Bulletin of the Pasteur Institute of Southern India, Coonoor - No. 3.
Year: 1910
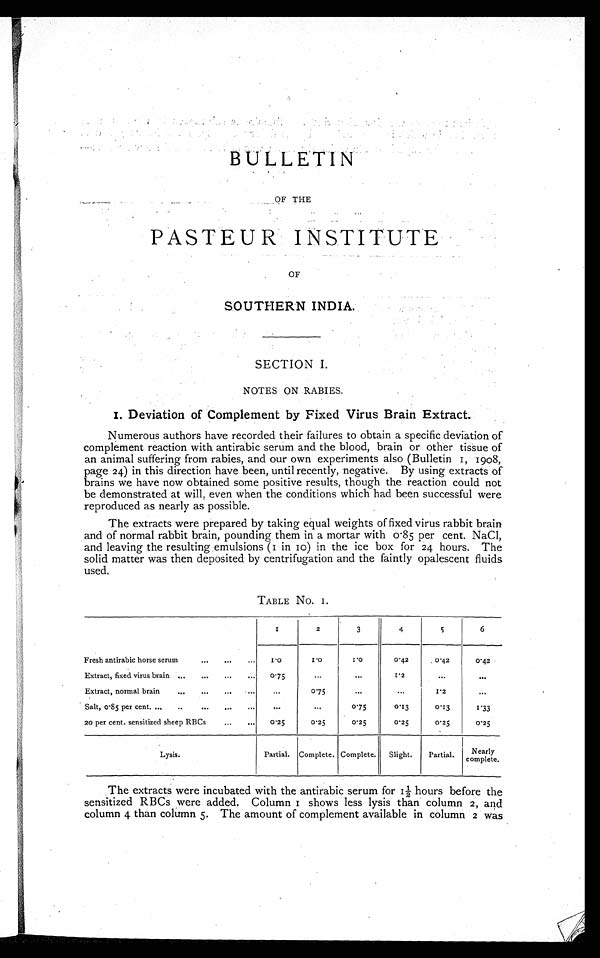
BULLETIN
OF THE
PASTEUR INSTITUTE
OF
SOUTHERN INDIA.
SECTION I.
NOTES ON RABIES.
I. Devi ati on of Compl ement by Fi xed Vi rus Brai n Extract.
Numerous authors have recorded their failures to obtain a specific deviation of
complement reaction with antirabic serum and the blood, brain or other tissue of
an animal suffering from rabies, and our own experiments also (Bulletin 1, 1908,
page 24) in this direction have been, until recently, negative. By using extracts of
brains we have now obtained some positive results, though the reaction could not
be demonstrated at will, even when the conditions which had been successful were
reproduced as nearly as possible.
The extracts were prepared by taking equal weights of fixed virus rabbit brain
and of normal rabbit brain, pounding them in a mortar with 0 . 85 per cent. NaCl,
and leaving the resulting emulsions (1 in 10) in the ice box for 24 hours. The
solid matter was then deposited by centrifugation and the faintly opalescent fluids
used.
TABLE No. 1.
1
2
3
4
5
6
1.0
1.0
1.0
0.42
0 . 4 2
0.42
Extract, fixed virus brain .
0.75
1.2
Extract, normal brain
0.75
1 . 2
S alt, 0.85 per cent.
0.75
0.13
0.13
1.33
80 per cent. sensitized sheep RBCs
0.25
0.25
0 . 2 5
0 . 2 5
0 . 8 5
0 . 2 5
Lysis.
Partial. Complete. Complete. Slight.
Partial.
Nearly
complete.
The extracts were incubated with the antirabic serum for 1 hours before the
/sensitized RBCs were added. Column 1 shows less lysis than column2 ,
a n d
col umn 4 t han col umn 5• The amount of compl ement avai l abl e i n col umn2 w a s